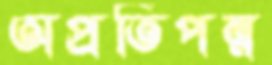
অপ্রতিপন্ন